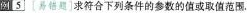
例5 [错题]求符合下列条件的参数的值或取值范围.